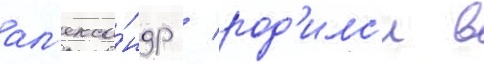
ал'екса́ндр / род'илс'я в